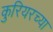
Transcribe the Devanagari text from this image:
कुरियरच्या